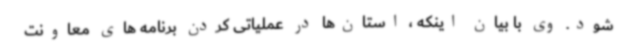
شود. وی با بیان اینکه ، استان‌ها در عملیاتی کردن برنامه های معاونت